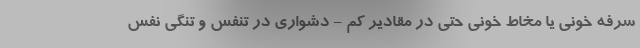
سرفه خونی یا مخاط خونی حتی در مقادیر کم - دشواری در تنفس و تنگی نفس